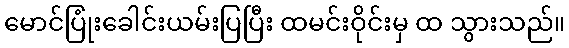
မောင်ပြုံးခေါင်းယမ်းပြပြီး ထမင်းဝိုင်းမှ ထ သွားသည်။